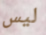
ليس